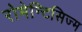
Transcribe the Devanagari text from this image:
रोमेन्टिसिज्म